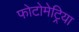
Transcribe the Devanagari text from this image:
फोटोमेट्रिया